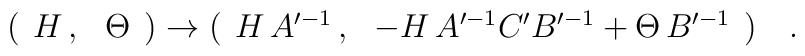
( \begin{array}{cc} H \, , & \Theta \end{array} )\rightarrow ( \begin{array}{cc} H \, A'^{-1} \, , & -H \, A'^{-1} C' B'^{-1} +\Theta \, B'^{-1} \end{array} )\quad .